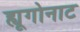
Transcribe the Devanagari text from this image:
ह्यूगोनाट